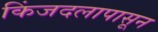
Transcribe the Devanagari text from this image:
किंजदलापासून